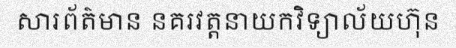
សារព័ត៌មាន នគរវត្តនាយកវិទ្យាល័យហ៊ុន